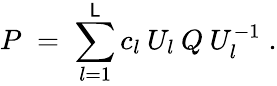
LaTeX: P\; =\; \sum_{l=1}^{\mathsf{L}}c_{l}\: U_{l}\: Q\: U_{l}^{-1}\; .